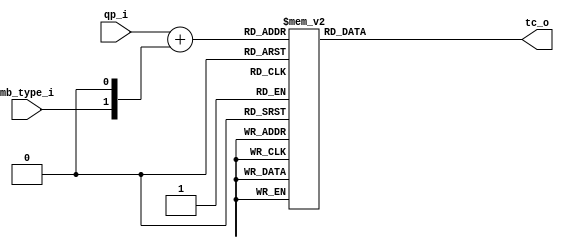
//----------------------------------------------------------------------------
//                                                                 
//  COPYRIGHT (C) 2011, VIPcore Group, Fudan University
//                                                                  
//  THIS FILE MAY NOT BE MODIFIED OR REDISTRIBUTED WITHOUT THE      
//  EXPRESSED WRITTEN CONSENT OF VIPcore Group
//                                                                  
//  VIPcore       : http://soc.fudan.edu.cn/vip    
//  IP Owner 	  : Yibo FAN
//  Contact       : fanyibo@fudan.edu.cn             
//----------------------------------------------------------------------------
// Description    : look up table of tc         
//----------------------------------------------------------------------------
module db_lut_tc( qp_i,mb_type_i,tc_o );

input  [5:0] qp_i		;
input        mb_type_i	;

output [4:0] tc_o		; 
reg    [4:0] tc_o		;

wire [5:0] qp_w = qp_i + {mb_type_i,1'b0};

always @(qp_w) begin
    case(qp_w)
		'd18: tc_o  =  5'd1 ;
        'd19: tc_o  =  5'd1 ;
		'd20: tc_o  =  5'd1;
		'd21: tc_o  =  5'd1;
		'd22: tc_o  =  5'd1;
		'd23: tc_o  =  5'd1;
		'd24: tc_o  =  5'd1;
		'd25: tc_o  =  5'd1;
		'd26: tc_o  =  5'd1;
		'd27: tc_o  =  5'd2;
		'd28: tc_o  =  5'd2;
		'd29: tc_o  =  5'd2;		
		'd30: tc_o  =  5'd2;
		'd31: tc_o  =  5'd3;
		'd32: tc_o  =  5'd3;
		'd33: tc_o  =  5'd3;
		'd34: tc_o  =  5'd3;
		'd35: tc_o  =  5'd4;
		'd36: tc_o  =  5'd4;
		'd37: tc_o  =  5'd4;
		'd38: tc_o  =  5'd5;
		'd39: tc_o  =  5'd5;		
		'd40: tc_o  =  5'd6;
		'd41: tc_o  =  5'd6;
		'd42: tc_o  =  5'd7;
		'd43: tc_o  =  5'd8;
		'd44: tc_o  =  5'd9;
		'd45: tc_o  =  5'd10;
		'd46: tc_o  =  5'd11;
		'd47: tc_o  =  5'd13;
		'd48: tc_o  =  5'd14;
		'd49: tc_o  =  5'd16;
		'd50: tc_o  =  5'd18;
		'd51: tc_o  =  5'd20;
		'd52: tc_o  =  5'd22;
		'd53: tc_o  =  5'd24;
	  default: tc_o =  5'd0 ;
	endcase		
end

endmodule